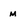
Character: m